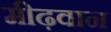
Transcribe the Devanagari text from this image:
मीढ़वान